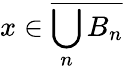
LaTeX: x\in{\overline{{\bigcup_{n}B_{n}}}}